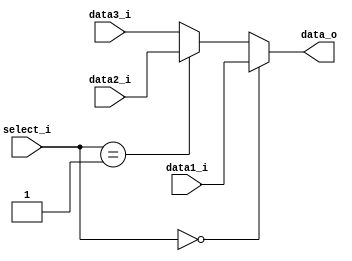
module MUX3_1
(
	data1_i,
	data2_i,
	data3_i,
	select_i,
	data_o
);

input  [31:0] data1_i;
input  [31:0] data2_i;
input  [31:0] data3_i;
input  [ 1:0] select_i;
output [31:0] data_o;

assign data_o = (select_i == 0) ? data1_i:
				(select_i == 1) ? data2_i: data3_i;

endmodule